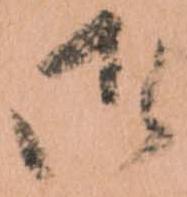
御